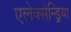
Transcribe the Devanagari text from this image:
एलेक्सेन्ड्रिया